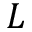
L